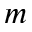
m